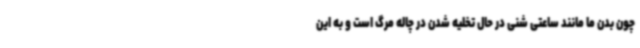
چون بدن ما مانند ساعتی شنی در حال تخلیه شدن در چاله مرگ است و به این